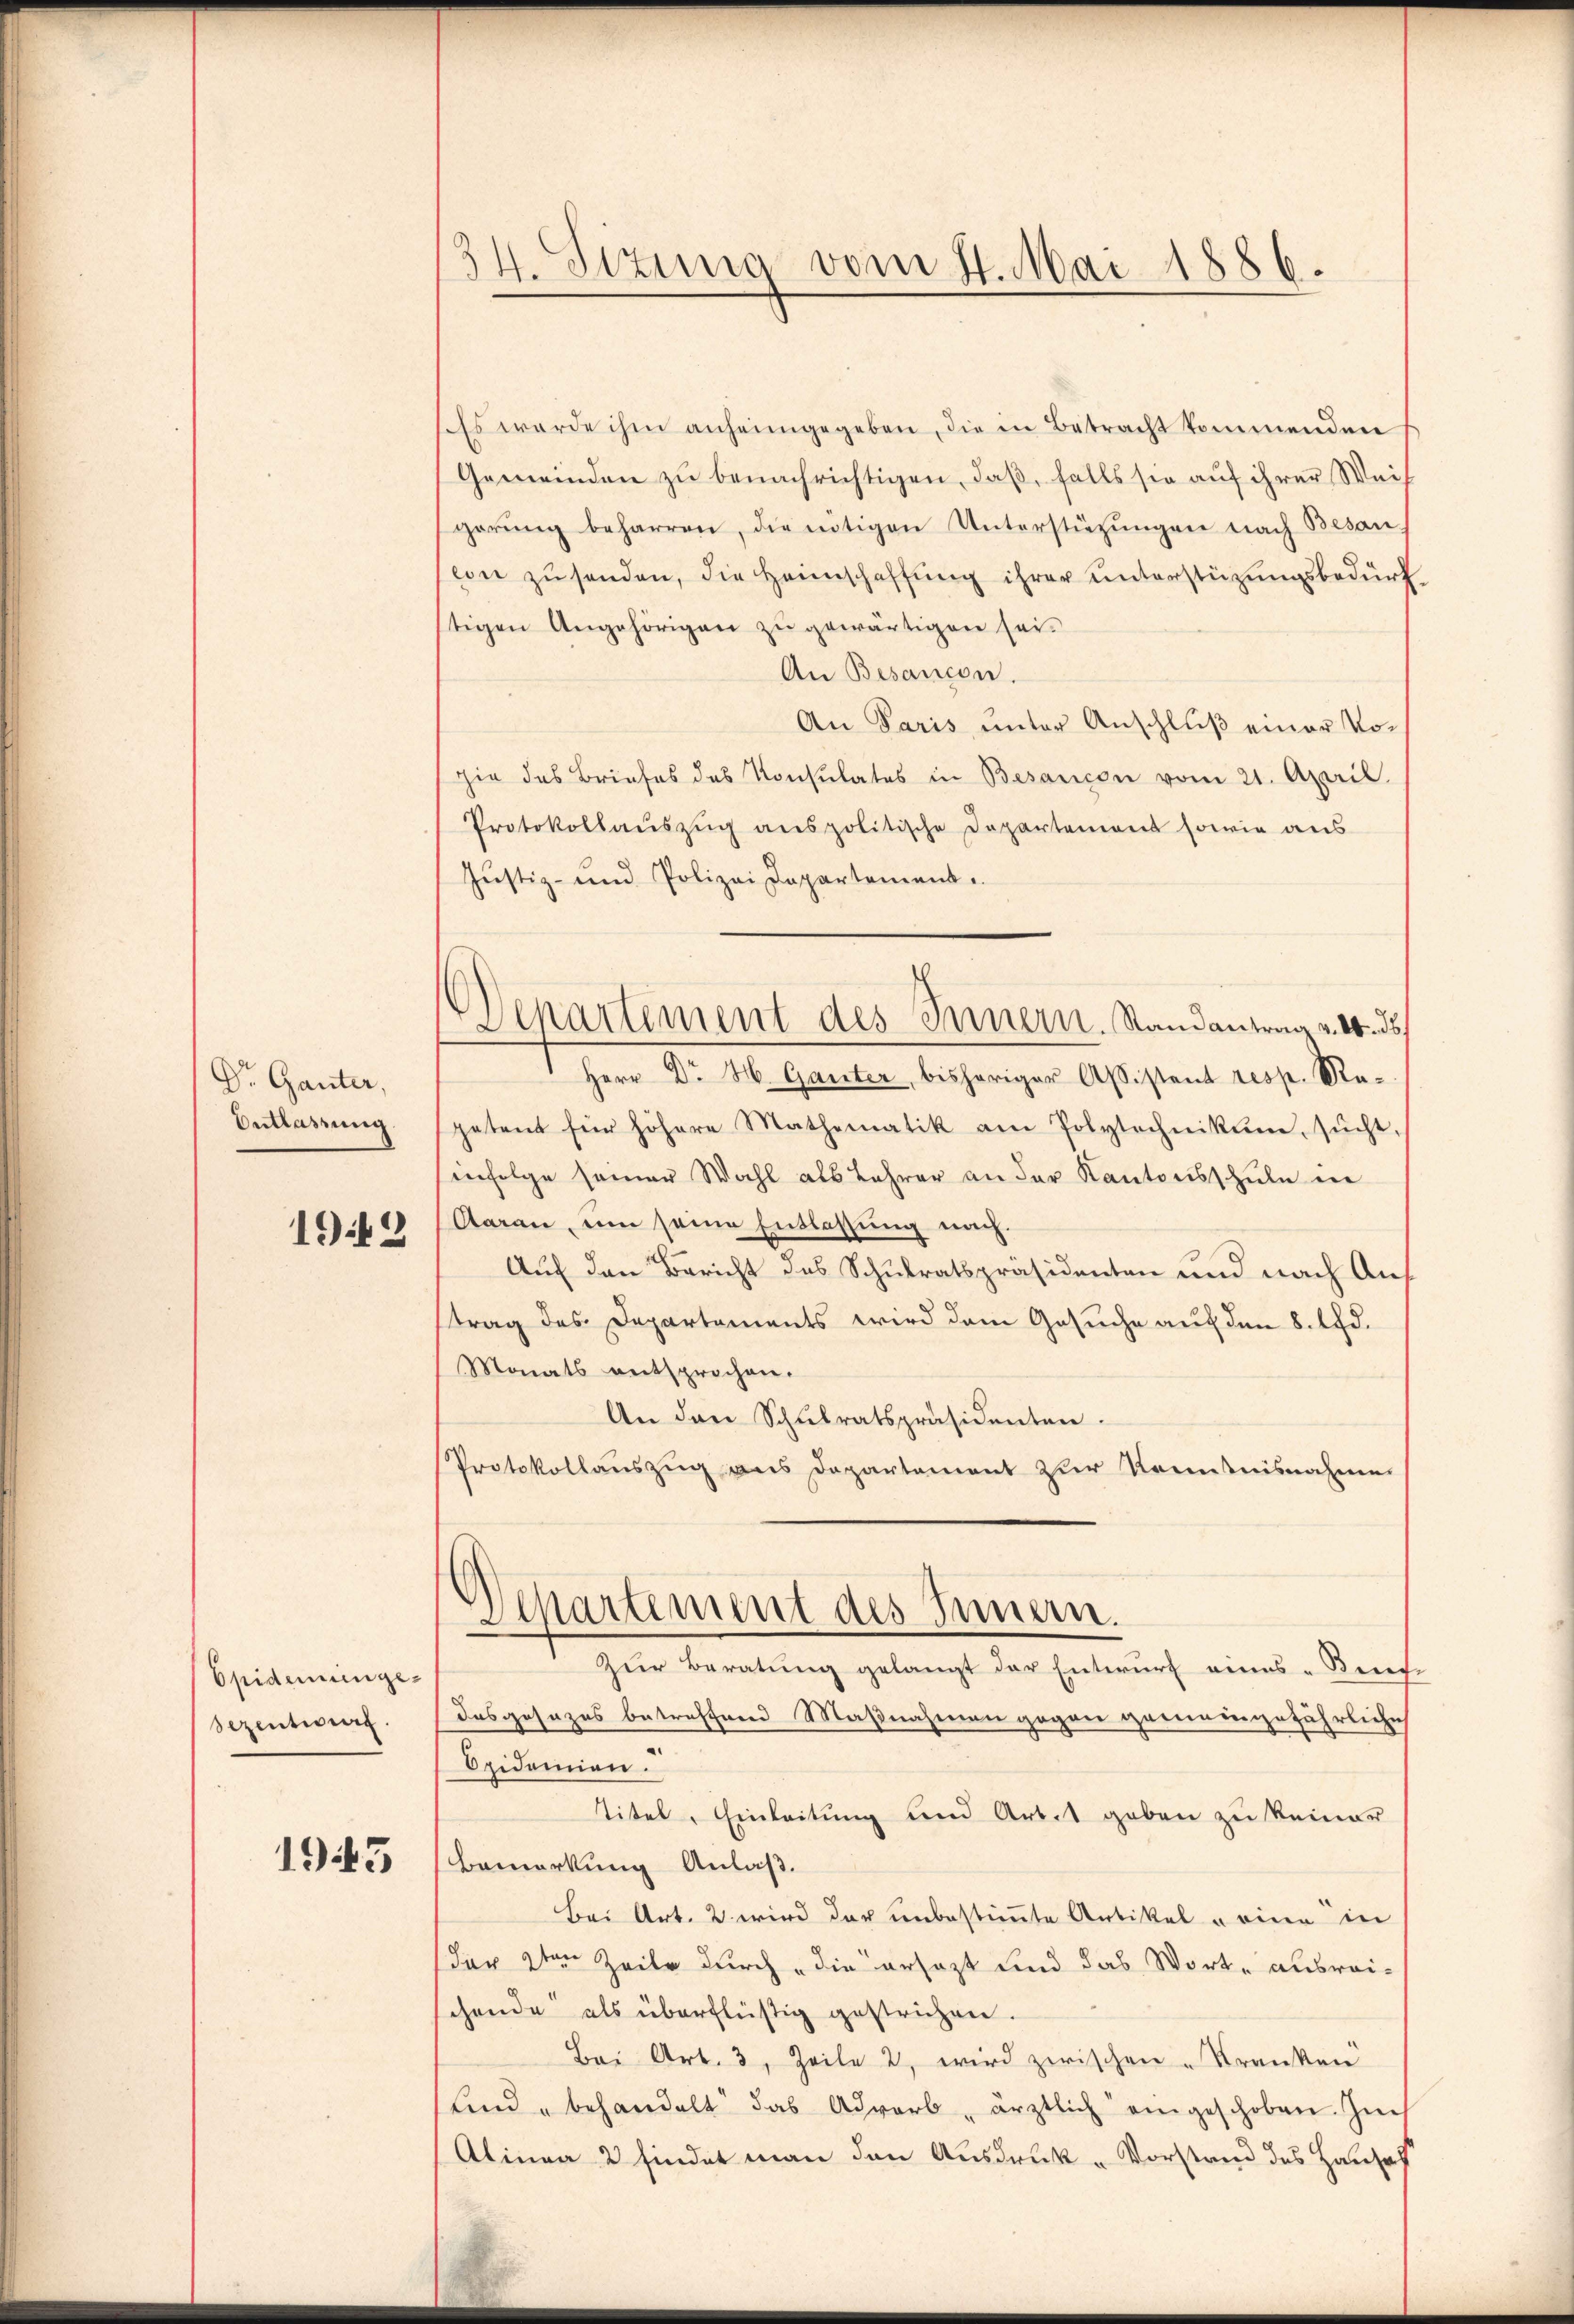
Dr. Ganter,
Entlassung
1943

Epidemeingesezentwurf.

1943

34. Sizung vom 4. Mai 1886.

Ess werde ihm anheimgegeben, die in Betracht kommenden
Gemeinden zu benachrichtigen, daß, falls sie auf ihrer Weis
gerŭng beharren, die nötigen Unterstüzungen nach Besan
con zusenden, die Heimschaffung ihrer unterstützungsbedurf
tigen Angehörigen zŭ gewärtigen sei.
An Besancen
An Paris unter Anschluß einer Vohie des Briefes des Konsulates in Besancen vom 21. April.
Protokollauszug anspolitische Departement sowie aus
Justiz- und Polizei Departement
Herr Dr H. Garter, bishöriger Assistent resp. Re-
getent für höhere Mathematik am Polytechnikum, sŭcht,
infolge seiner Wahl als Lehrer an der Kantonsschule in
Aaran, um seine Entlassung nach.
Auf den Bericht des Schulratspräsidenten und nach Auf
trag des Departements wird dem Gesuche auf den 8. d.
Monats entsprochen.
An den Schulratspräsidenten.
Protokollauszug aus Departement zur Kenntnisnahme
Departement des Innern.
 Zur Beratung gelangt der Entwurf eines "Benc
dasgesezes betreffend Maßnahmen gegen gereiningefährliche
Opidemien.
Titel, Einleitung und Art. 1 geben zu keiner
Bemerkung Anlaß.
Bei Art. 2. wird der unbestimmte Artikel einen in
der 2ten Zeile durch die ersezt und das Worte ausreischende als überflüßig gestrichen.
Bei Art. 3, Zeile 2, wird zwischen Kranken
und behandelt das Advorb „ärztlich eingeschoben. Zuc
Alinea 2 findet man den Ausdruck „Vorstand des Hauses

Departement des Innern. Randantrag v. 10. ds